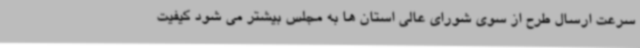
سرعت ارسال طرح از سوی شورای عالی استان ها به مجلس بیشتر می شود کیفیت